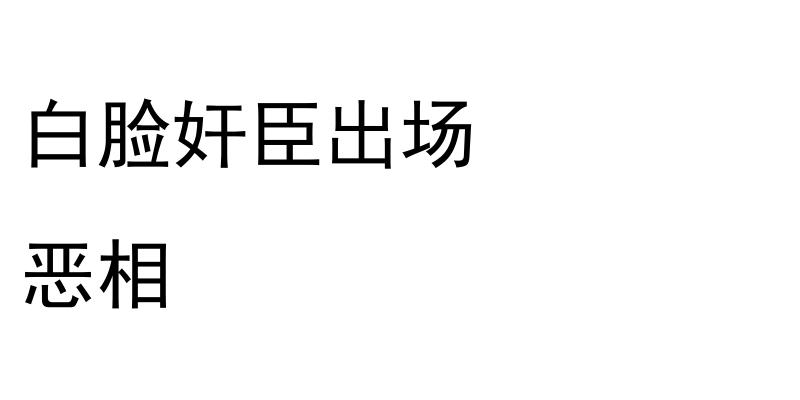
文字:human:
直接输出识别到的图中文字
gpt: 白脸奸臣出场 恶相